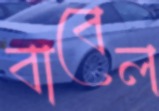
বাবেল